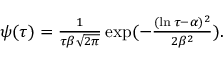
\begin{array} { r } { \psi ( \tau ) = \frac { 1 } { \tau \beta \sqrt { 2 \pi } } \exp ( - \frac { ( \ln \tau - \alpha ) ^ { 2 } } { 2 \beta ^ { 2 } } ) . } \end{array}